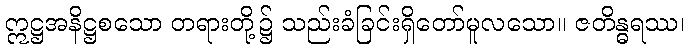
ဣဋ္ဌအနိဋ္ဌစသော တရားတို့၌ သည်းခံခြင်းရှိတော်မူလသော။ ဇတိန္ဓရဿ၊